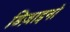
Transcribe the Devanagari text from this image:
डिज़ाइनो